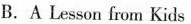
B.A Lesson from Kids